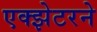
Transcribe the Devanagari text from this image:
एक्झेटरने